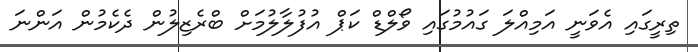
ތިރީގައި އެވަނީ އަމިއްލަ ގައުމުގައި ވޯލްޑް ކަޕް އުފުލާލުމަށް ބްރެޒިލުން ދެކެމުން އަންނަ